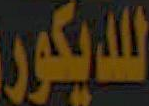
للديكور